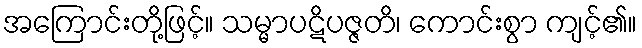
အကြောင်းတို့ဖြင့်။ သမ္မာပဋိပဇ္ဇတိ၊ ကောင်းစွာ ကျင့်၏။